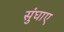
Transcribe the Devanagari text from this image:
सुंघाए